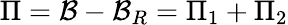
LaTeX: \Pi={\cal B}-{\cal B}_{R}=\Pi_{1}+\Pi_{2}